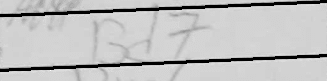
Transcription: Bd7